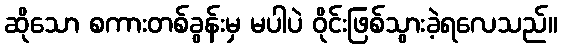
ဆိုသော စကားတစ်ခွန်းမှ မပါပဲ ဝိုင်းဖြစ်သွားခဲ့ရလေသည်။